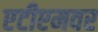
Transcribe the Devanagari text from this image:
एटीएमवर